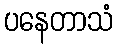
ပနေတာသံ